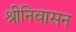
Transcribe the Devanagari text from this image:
श्रीनिवासन